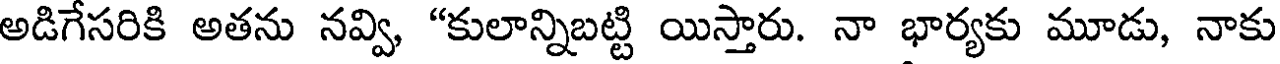
అడిగేసరికి అతను నవ్వి, "కులాన్నిబట్టి యిస్తారు. నా భార్యకు మూడు, నాకు